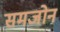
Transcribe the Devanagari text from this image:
समजोन